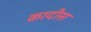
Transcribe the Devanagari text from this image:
कादीस